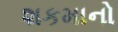
શકમાનો